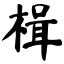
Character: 楫